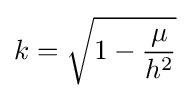
k={\sqrt {1-{\frac {\mu }{h^{2}}}}}